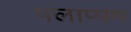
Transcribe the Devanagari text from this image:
पलाप्पम